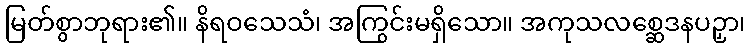
မြတ်စွာဘုရား၏။ နိရဝသေသံ၊ အကြွင်းမရှိသော။ အကုသလစ္ဆေဒနပဉှာ၊